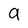
Character: 9